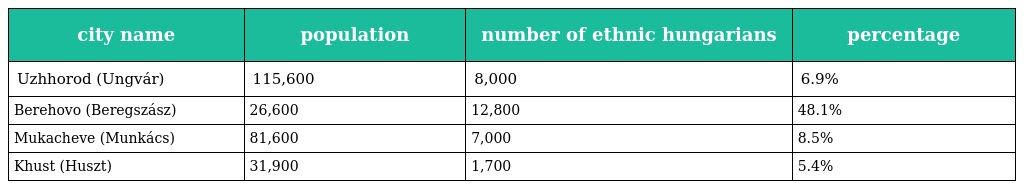
| city name | population | number of ethnic hungarians | percentage |
 | --- | --- | --- | --- |
 | Uzhhorod (Ungvár) | 115,600 | 8,000 | 6.9% |
 | Berehovo (Beregszász) | 26,600 | 12,800 | 48.1% |
 | Mukacheve (Munkács) | 81,600 | 7,000 | 8.5% |
 | Khust (Huszt) | 31,900 | 1,700 | 5.4% |